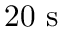
2 0 ~ \mathrm { s }